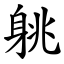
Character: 䠷